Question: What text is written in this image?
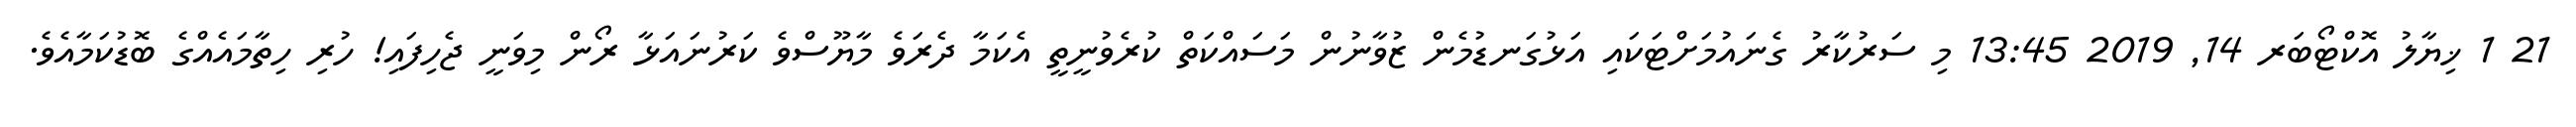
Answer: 21 1 ޚިޔާލު އޮކްޓޯބަރ 14, 2019 13:45 މި ސަރުކާރު ގެނައުމަށްޓަކައި އަޅުގަނޑުމެން ޒުވާނުން މަސައްކަތް ކުރެވުނީތީ އެކަމާ ދެރަވެ މާޔޫސްވެ ކަރުނައަޅާ ރޯން މިވަނީ ޖެހިފައި! ހުރި ހިތާމައެއްގެ ބޮޑުކަމާއެވެ.